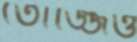
তোজ্জিও